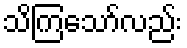
သိကြသော်လည်း